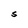
Character: S